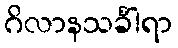
ဂိလာနသင်္ခါရာ